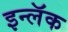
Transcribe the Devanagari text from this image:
इन्लॅक